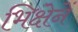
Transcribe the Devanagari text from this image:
भिक्षेनें